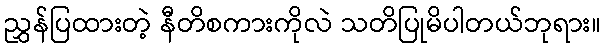
ညွှန်ပြထားတဲ့ နီတိစကားကိုလဲ သတိပြုမိပါတယ်ဘုရား။